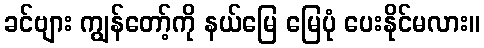
ခင်ဗျား ကျွန်တော့်ကို နယ်မြေ မြေပုံ ပေးနိုင်မလား။